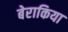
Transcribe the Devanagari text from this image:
बेराकिया